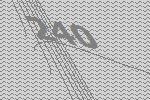
240